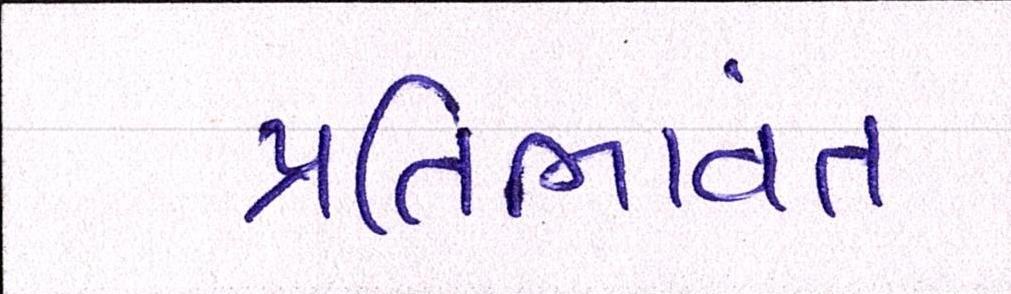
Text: પ્રતિભાવંત